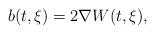
LaTeX: \begin{align*}b(t,\xi)=2\nabla W(t,\xi),\end{align*}